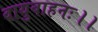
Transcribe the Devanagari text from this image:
वायुवाहनः।।